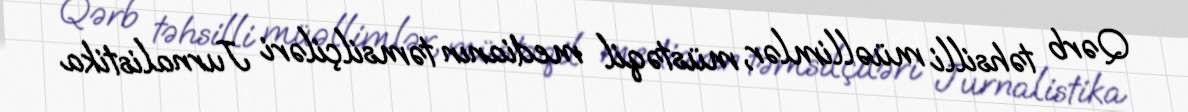
Qərb təhsilli müəllimlər, müstəqil medianın təmsilçiləri Jurnalistika